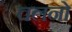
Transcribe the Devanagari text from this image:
चलनो